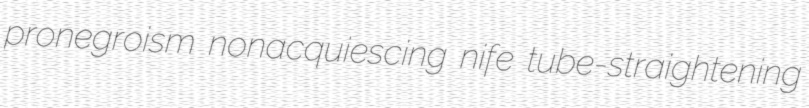
pronegroism nonacquiescing nife tube-straightening